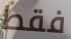
فقط